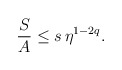
\begin{align*}{S\over A} \leq s\, \eta^{1-2q}.\end{align*}